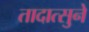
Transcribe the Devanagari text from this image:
तादात्सुने